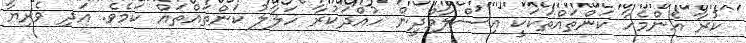
ކުރާ އެންމެހާ ކަންތައްތަކަކީ އިސްލާމްދީން ހުއްދަކުރާ ހަލާލު ކަންތައްތައް ކަމެވެ. އަދި ވެރިޔާ